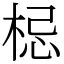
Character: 梞